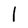
Character: l